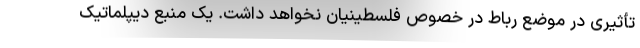
تأثیری در موضع رباط در خصوص فلسطینیان نخواهد داشت. یک منبع دیپلماتیک